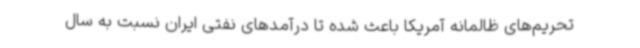
تحریم‌های ظالمانه آمریکا باعث شده تا درآمدهای نفتی ایران نسبت به سال